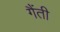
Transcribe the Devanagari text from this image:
गैंती